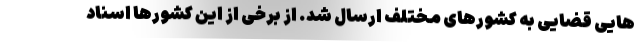
هایی قضایی به کشورهای مختلف ارسال شد. از برخی از این کشورها اسناد